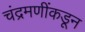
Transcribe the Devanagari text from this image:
चंद्रमणींकडून